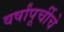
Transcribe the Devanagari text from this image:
वर्षांपूर्चीचे